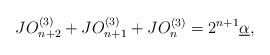
LaTeX: \begin{align*}JO_{n+2}^{(3)}+JO_{n+1}^{(3)}+JO_{n}^{(3)}=2^{n+1}\underline{\alpha},\end{align*}